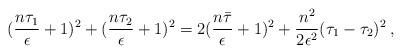
LaTeX: \begin{align*}(\frac{n \tau_1}{\epsilon}+1)^2 + (\frac{n \tau_2}{\epsilon}+1)^2=2 (\frac{n \bar\tau}{\epsilon}+1)^2+ \frac{n^2}{2\epsilon^2}(\tau_1-\tau_2)^2 \>,\end{align*}